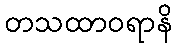
တသထာဝရာနိ